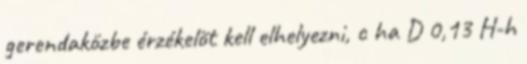
gerendaközbe érzékelõt kell elhelyezni, c ha D 0,13 H-h